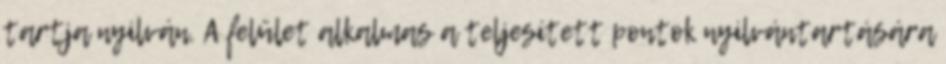
tartja nyilván. A felület alkalmas a teljesített pontok nyilvántartására